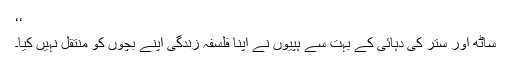
‘‘
ساٹھ اور ستر کی دہائی کے بہت سے ہپیوں نے اپنا فلسفہ زندگی اپنے بچوں کو منتقل نہیں کیا۔